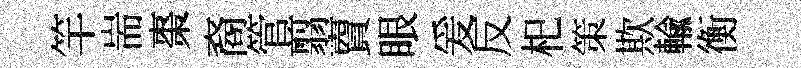
竿耑棗裔管翦𧶠眼爰反𣏌策欺輸衡